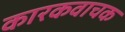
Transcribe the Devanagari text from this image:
कारकवाचक